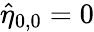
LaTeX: \hat{\eta}_{0,0}=0